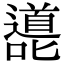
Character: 㘏